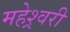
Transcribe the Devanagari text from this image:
महेश्र्वरी